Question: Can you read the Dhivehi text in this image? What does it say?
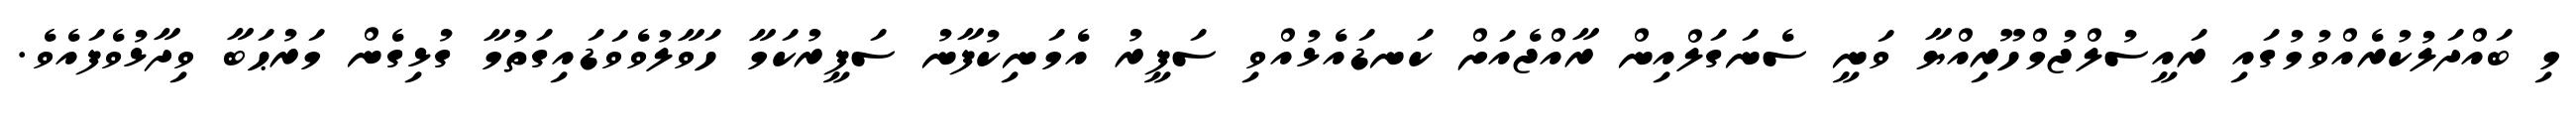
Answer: މި ބައްދަލުކުރެއްވުމުގައި ރައީސުލްޖުމްހޫރިއްޔާ ވަނީ ސެނަގަލްއިން ރާއްޖެއަށް ކަނޑައެޅުއްވި ސަފީރު އެމަނިކުފާނު ސަފީރުކަމާ ހަވާލުވެވަޑައިގަތުމާ ގުޅިގެން މަރުޙަބާ ވިދާޅުވެފައެވެ.